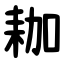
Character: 耞